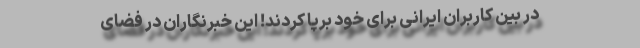
در بین کاربران ایرانی برای خود برپا کردند! این خبرنگاران در فضای